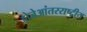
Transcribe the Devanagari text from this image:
होजेआंतरराष्ट्रीय